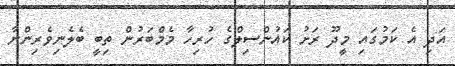
އަދި އެ ކަމުގައި މީދޫ ރަށު ކައުންސިލްގެ ހުރިހާ މެމްބަރުން ތިބީ ބެލެނިވެރިންނާ